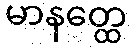
မာနတ္ထေ